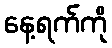
နေ့ရက်ကို